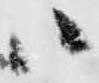
ハ